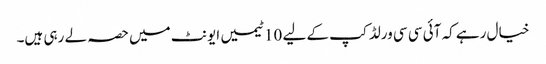
خیال رہے کہ آئی سی سی ورلڈ کپ کے لیے 10 ٹیمیں ایونٹ میں حصہ لے رہی ہیں۔